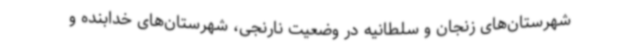
شهرستان‌های زنجان و سلطانیه در وضعیت نارنجی، شهرستان‌های خدابنده و